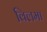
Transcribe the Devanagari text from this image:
विलमा